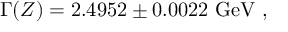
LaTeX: \Gamma ( Z ) = 2 . 4 9 5 2 \pm 0 . 0 0 2 2 ~ \mathrm { G e V } \ ,